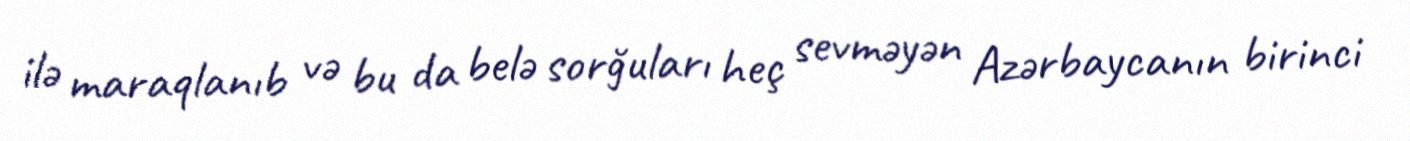
ilə maraqlanıb və bu da belə sorğuları heç sevməyən Azərbaycanın birinci